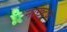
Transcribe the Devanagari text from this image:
नाख्टवे